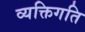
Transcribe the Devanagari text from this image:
व्यक्तिगति